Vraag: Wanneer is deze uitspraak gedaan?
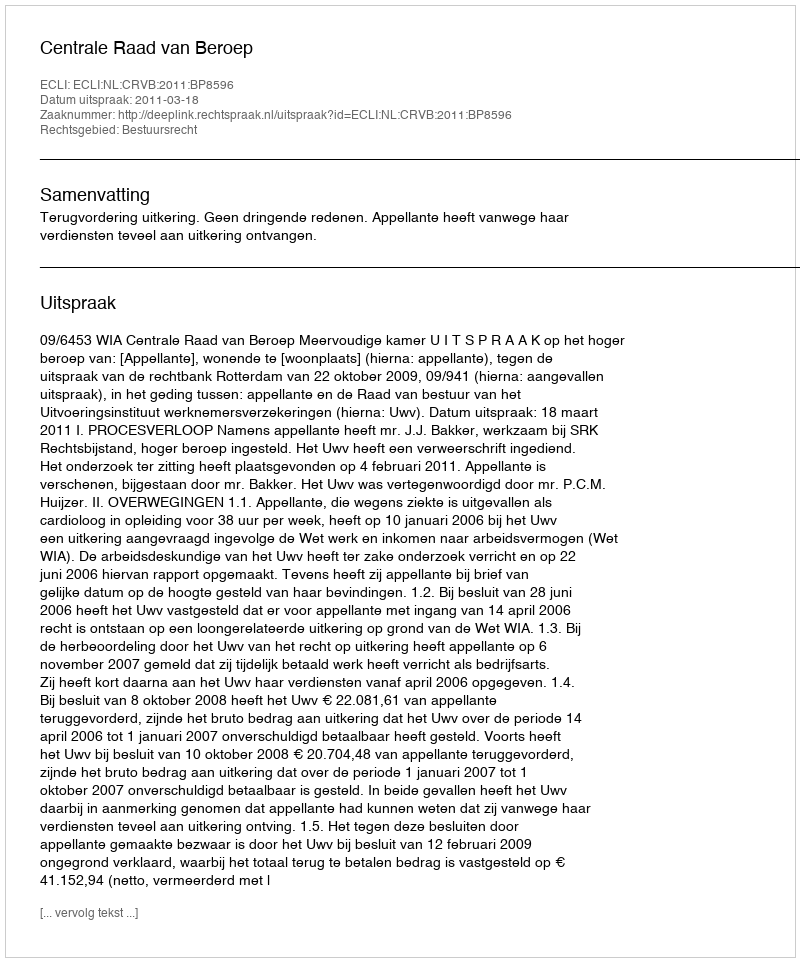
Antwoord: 2011-03-18